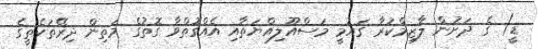
ޑީ) ގެ ދަށުން ލާޒިމްކުރާ ގައުމީ މަސްއޫލިއްޔަތާއި އެއްގޮތްވާ ގޮތުގެ މަތިން ދިރޭތަކެތީގެ